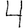
Digit: 4